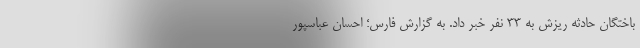
باختگان حادثه ریزش به ۳۳ نفر خبر داد. به گزارش فارس؛ احسان عباسپور